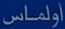
اولمانس